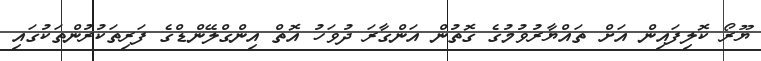
ޔޫރޯ ކޮލިފައިން އަށް ތައްޔާރުވުމުގެ ގޮތުން އަންގާރަ ދުވަހު އޮތް އިންގްލޭންޑްގެ ފަރިތަކުރުންތަކުގައި